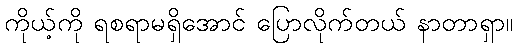
ကိုယ့်ကို ရစရာမရှိအောင် ပြောလိုက်တယ် နာတာရှာ။